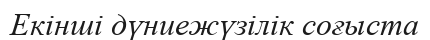
Екінші дүниежүзілік соғыста